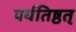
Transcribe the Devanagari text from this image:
पर्यतिष्ठत्